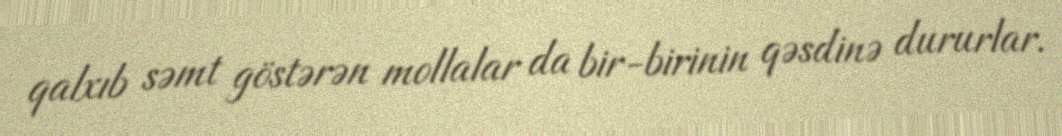
qalxıb səmt göstərən mollalar da bir-birinin qəsdinə dururlar.